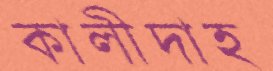
কালীদাহ